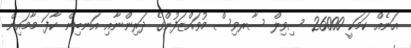
އަނެއް ކަމަކީ 26000 ސިވިލް ސާރވިސް މުވައްޒަފުންގެ ދަރިންނާއި އަނބިން ކާފަ މާމައިން